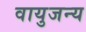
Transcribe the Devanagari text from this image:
वायुजन्य